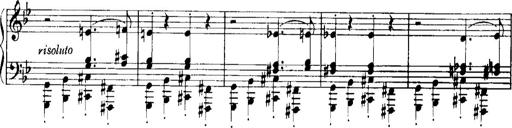
Title: Historische ungarische Bildnisse
Composer: Franz Liszt